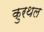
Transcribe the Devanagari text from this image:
कुरथल